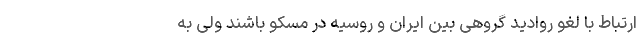
ارتباط با لغو روادید گروهی بین ایران و روسیه در مسکو باشند ولی به